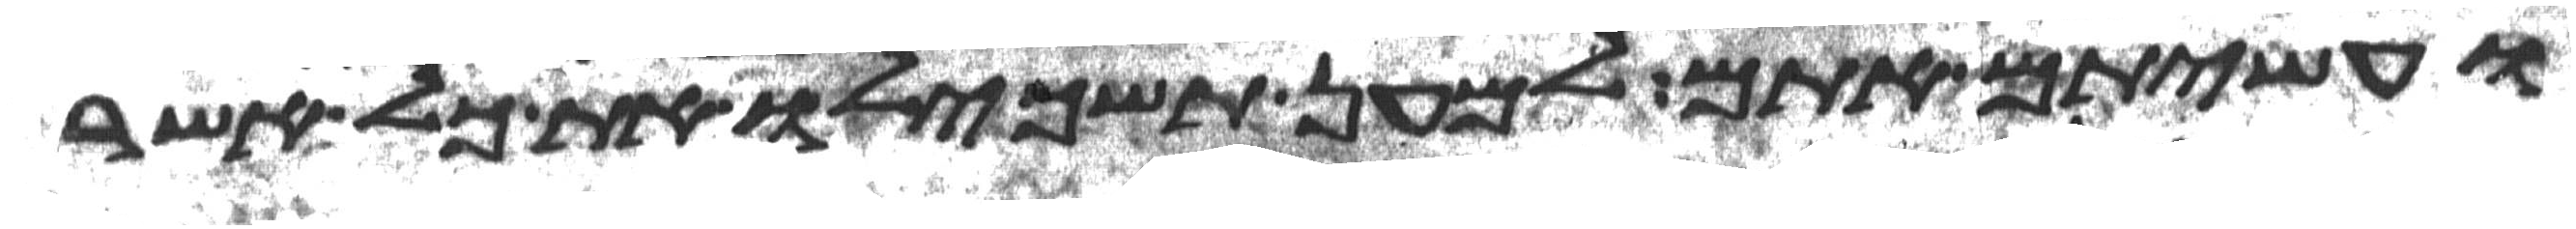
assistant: ועשיתם אתם למען תשכילו את כל אשר